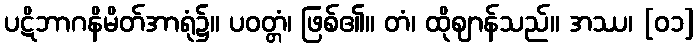
ပဋိဘာဂနိမိတ်အာရုံ၌။ ပဝတ္တံ၊ ဖြစ်၏။ တံ၊ ထိုဈာန်သည်။ အဿ၊ [၀၁]